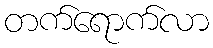
တက်ရောက်လာ